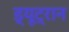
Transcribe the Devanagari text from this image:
ड्यूट्रान